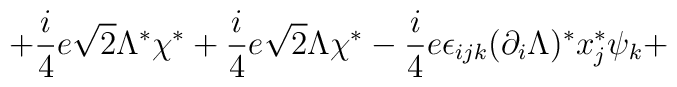
+\frac{i}{4}e\sqrt{2}\Lambda ^{\ast }\chi ^{\ast }+\frac{i}{4}e\sqrt{2}\Lambda \chi ^{\ast }-\frac{i}{4}e\epsilon _{ijk}(\partial _{i}\Lambda )^{\ast }x_{j}^{\ast }\psi_{k}+